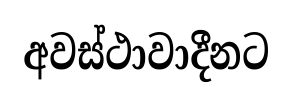
අවස්ථාවාදීනට